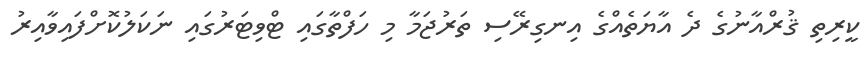
ކީރިތި ޤުރްއާނުގެ ދެ އާޔަތެއްގެ އިނގިރޭސި ތަރުޖަމާ މި ހަފްތާގައި ޓްވިޓަރުގައި ނަކަލުކޮށްފައިވާއިރު